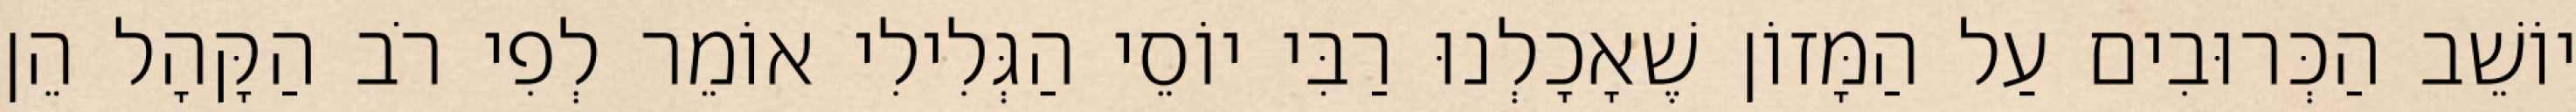
יוֹשֵׁב הַכְּרוּבִים עַל הַמָּזוֹן שֶׁאָכָלְנוּ רַבִּי יוֹסֵי הַגְּלִילִי אוֹמֵר לְפִי רֹב הַקָּהָל הֵן